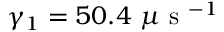
\gamma _ { 1 } = 5 0 . 4 ~ \mu \mathrm { ~ s ~ } ^ { - 1 }